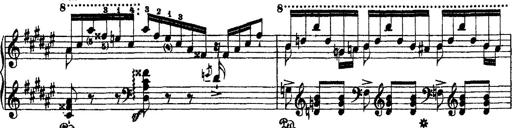
Title: 2 KonzertetÃ¼den
Composer: Franz Liszt